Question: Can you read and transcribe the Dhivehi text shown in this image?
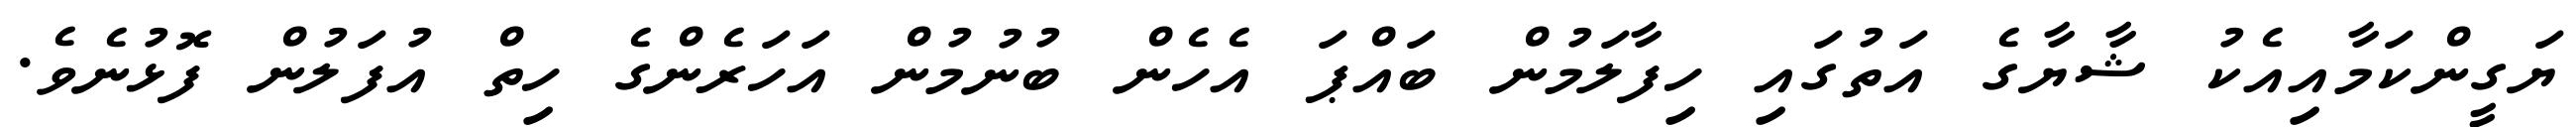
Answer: ޔަގީންކަމާއިއެކު ޝާޔާގެ އަތުގައި ހިފާލަމުން ބައްޕަ އެހެން ބުނުމުން އަހަރެންގެ ހިތް އުފަލުން ފޮޅުނެވެ.